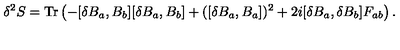
\delta ^ { 2 } S = \mathrm { T r } \left( - [ \delta B _ { a } , B _ { b } ] [ \delta B _ { a } , B _ { b } ] + ( [ \delta B _ { a } , B _ { a } ] ) ^ { 2 } + 2 i [ \delta B _ { a } , \delta B _ { b } ] F _ { a b } \right) .